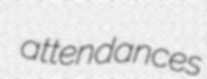
attendances